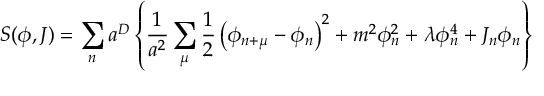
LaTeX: S ( \phi , J ) = \sum _ { n } a ^ { D } \left\{ \frac { 1 } { a ^ { 2 } } \sum _ { \mu } \frac { 1 } { 2 } \left( \phi _ { n + \mu } - \phi _ { n } \right) ^ { 2 } + m ^ { 2 } \phi _ { n } ^ { 2 } + \lambda \phi _ { n } ^ { 4 } + J _ { n } \phi _ { n } \right\}